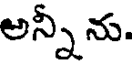
అన్నీ ను.